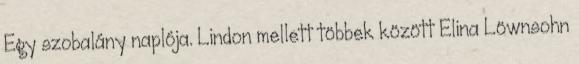
Egy szobalány naplója. Lindon mellett többek között Elina Löwnsohn